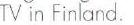
IV in Finland